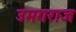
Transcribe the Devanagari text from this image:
उमगराज